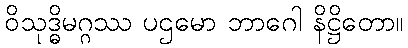
ဝိသုဒ္ဓိမဂ္ဂဿ ပဌမော ဘာဂေါ နိဋ္ဌိတော။